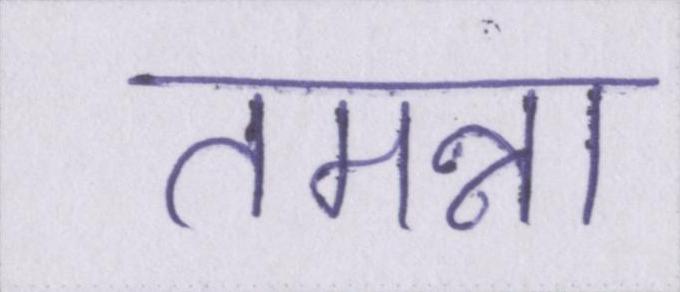
तमन्ना